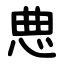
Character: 㤟